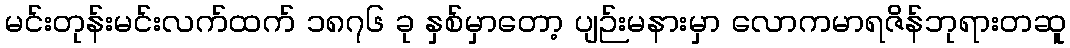
မင်းတုန်းမင်းလက်ထက် ၁၈၇၆ ခု နှစ်မှာတော့ ပျဉ်းမနားမှာ လောကမာရဇိန်ဘုရားတဆူ